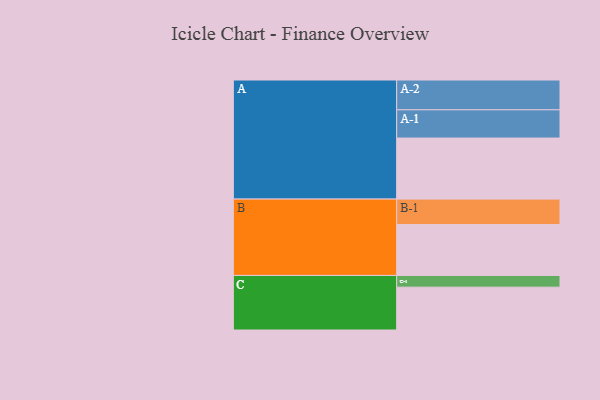
{"axis": {"x": "Segment", "y": "Value"}, "legend": ["", "A", "B", "C"], "data": [{"x": "A", "y": 594, "type": ""}, {"x": "B", "y": 495, "type": ""}, {"x": "C", "y": 417, "type": ""}, {"x": "A-1", "y": 275, "type": "A"}, {"x": "A-2", "y": 290, "type": "A"}, {"x": "B-1", "y": 248, "type": "B"}, {"x": "C-1", "y": 114, "type": "C"}]}